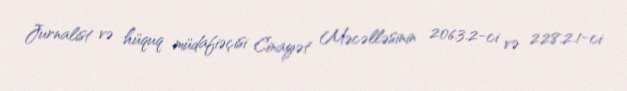
Jurnalist və hüquq müdafiəçisi Cinayət Məcəlləsinin 206.3.2-ci və 228.2.1-ci